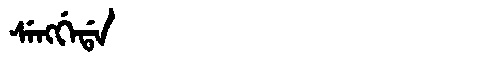
Manchu: ᠰᡝᠩᡤᡝᡩᠠ
Romanization: SENGGEDA